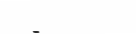
-